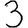
Digit: 3